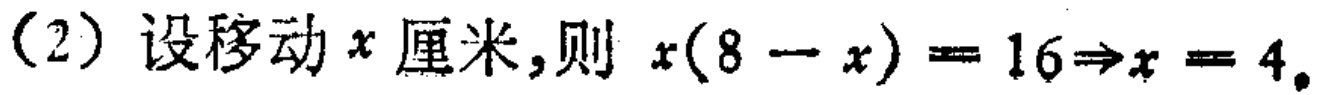
(2) 设移动\(x\)厘米,则 \(x(8 - x)=16\Rightarrow x = 4\)。